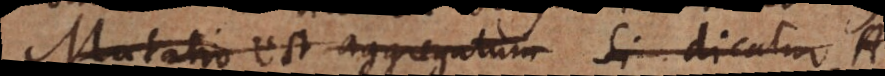
Mutatio est aggregatum Si dicatur A